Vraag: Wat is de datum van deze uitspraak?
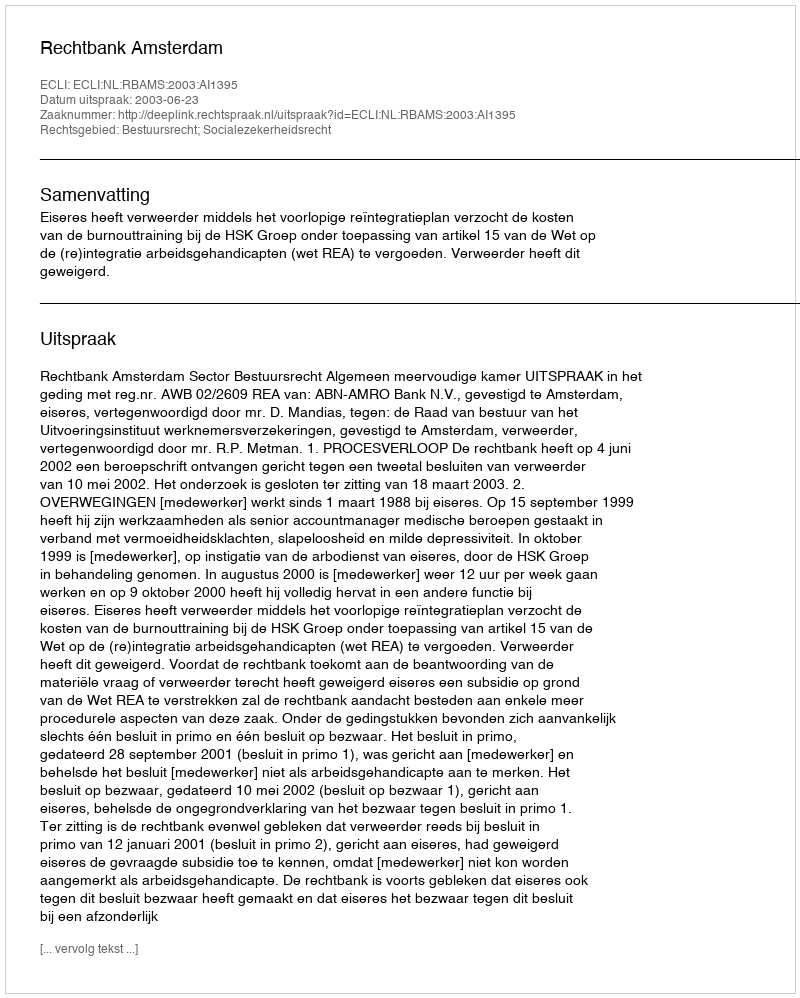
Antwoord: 2003-06-23